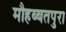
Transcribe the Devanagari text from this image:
मौहब्बतपुरा